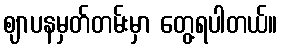
ဈာပနမှတ်တမ်းမှာ တွေ့ရပါတယ်။